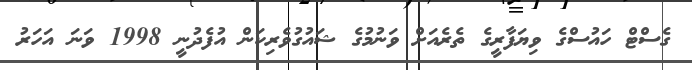
ގެސްޓް ހައުސްގެ ވިޔަފާރީގެ ތެރެއަށް ވަނުމުގެ ޝައުގުވެރިކަން އުފެދުނީ 1998 ވަނަ އަހަރު